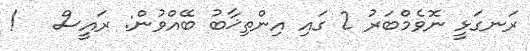
ރަނގަޅީ ނޮވެމްބަރު 2 ގައި އިންތިޚާބު ބޭއްވުން: ރައީސް   !